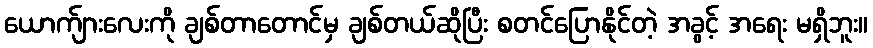
ယောက်ျားလေးကို ချစ်တာတောင်မှ ချစ်တယ်ဆိုပြီး စတင်ပြောနိုင်တဲ့ အခွင့် အရေး မရှိဘူး။